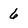
Character: 6